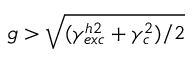
g > \sqrt { ( \gamma _ { e x c } ^ { h 2 } + \gamma _ { c } ^ { 2 } ) / 2 }